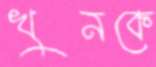
খুনকে